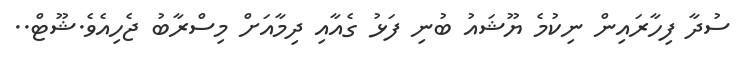
ސުދާ ފިހާރައިން ނިކުމެ ޔޫޝައު ބުނި ފަޅު ގެއާއި ދިމާއަށް މިސްރާބު ޖެހިއެވެ.ޝޫޓް..